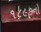
૧૮૯૭નો